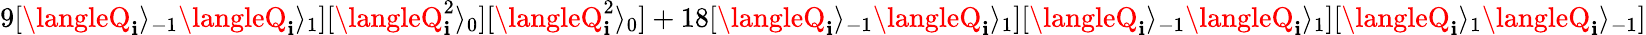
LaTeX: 9[\langleQ_{\mathbf{i}}\rangle_{-1}\langleQ_{\mathbf{i}}\rangle_{1}][\langleQ_{\mathbf{i}}^{2}\rangle_{0}][\langleQ_{\mathbf{i}}^{2}\rangle_{0}]+18[\langleQ_{\mathbf{i}}\rangle_{-1}\langleQ_{\mathbf{i}}\rangle_{1}][\langleQ_{\mathbf{i}}\rangle_{-1}\langleQ_{\mathbf{i}}\rangle_{1}][\langleQ_{\mathbf{i}}\rangle_{1}\langleQ_{\mathbf{i}}\rangle_{-1}]